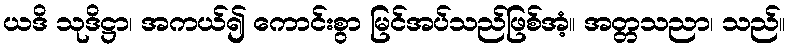
ယဒိ သုဒိဋ္ဌာ၊ အကယ်၍ ကောင်းစွာ မြင်အပ်သည်ဖြစ်အံ့။ အတ္တသညာ၊ သည်။